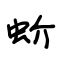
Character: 蚧